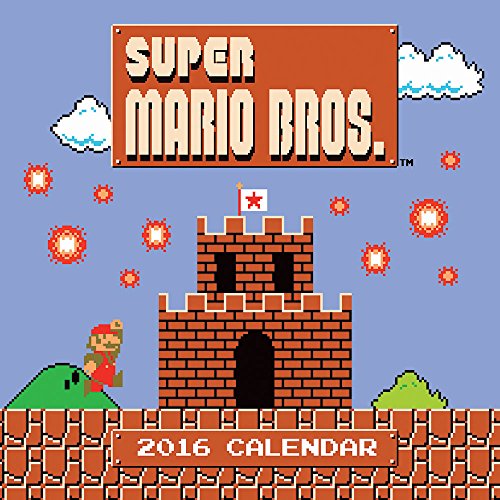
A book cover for Super Mario Brothers 2016 Wall Calendar; Nintendo; Calendars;